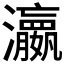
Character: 𤄞